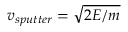
v _ { s p u t t e r } = \sqrt { 2 E / m }